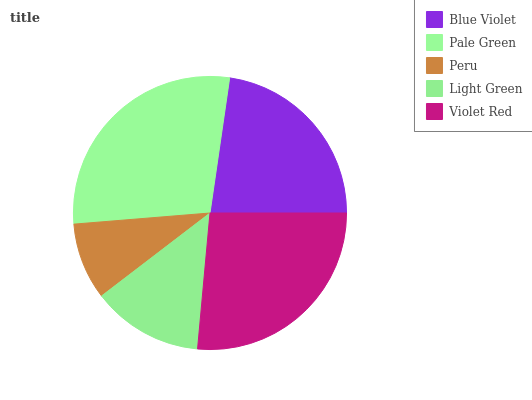
| Blue Violet | Pale Green | Peru | Light Green | Violet Red |
 | --- | --- | --- | --- | --- |
 | 22.7% | 28.6% | 9.1% | 13.1% | 26.4% |